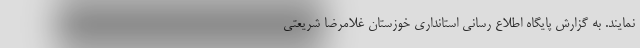
نمایند. به گزارش پایگاه اطلاع رسانی استانداری خوزستان غلامرضا شریعتی